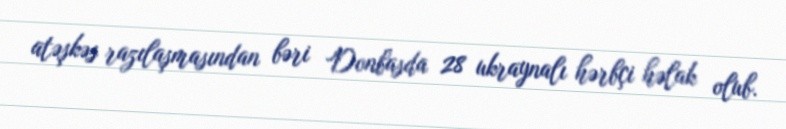
atəşkəs razılaşmasından bəri Donbasda 28 ukraynalı hərbçi həlak olub.